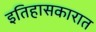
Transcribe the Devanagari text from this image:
इतिहासकारात